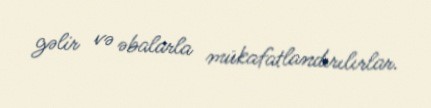
gəlir və əbalarla mükafatlandırılırlar.